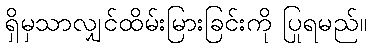
ရှိမှသာလျှင်ထိမ်းမြားခြင်းကို ပြုရမည်။